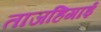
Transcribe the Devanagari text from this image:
ताजहिगाई